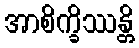
အာစိက္ခိဿန္တိ